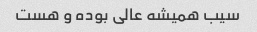
سیب همیشه عالی بوده و هست